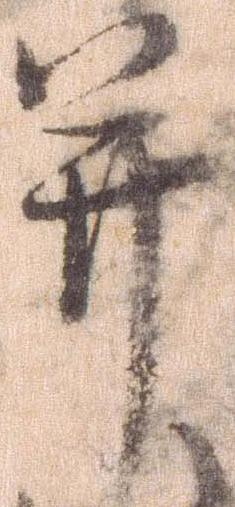
并